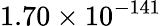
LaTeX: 1.70\times 10^{-141}